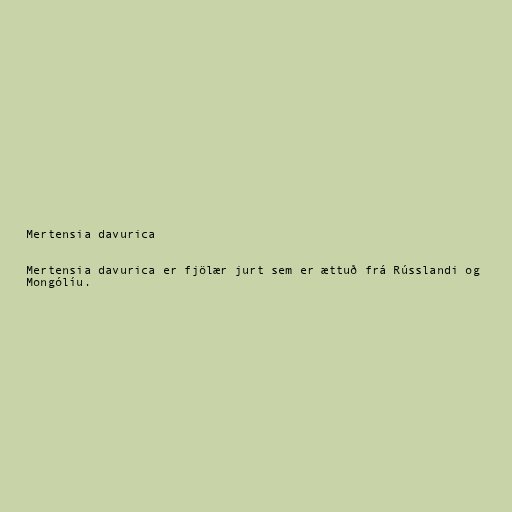
Mertensia davurica

Mertensia davurica er fjölær jurt sem er ættuð frá Rússlandi og
Mongólíu.